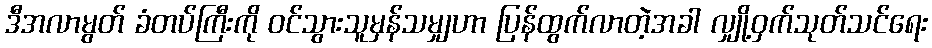
ဒီအလာမွတ် ခံတပ်ကြီးကို ဝင်သွားသူမှန်သမျှဟာ ပြန်ထွက်လာတဲ့အခါ လျှို့ဝှက်သုတ်သင်ရေး